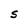
Character: S